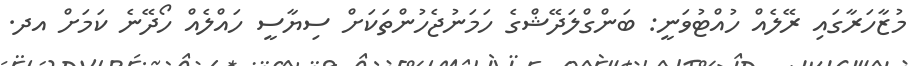
މުޒާހަރާގައި ރޭލެއް ހުއްޓުވަނީ: ބަންގްލަދޭޝްގެ ހަމަނުޖެހުންތަކަށް ސިޔާސީ ހައްލެއް ހޯދޭނެ ކަމަށް އދ.